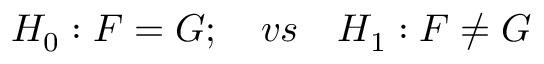
H _ { 0 } : F = G ; \quad v s \quad H _ { 1 } : F \neq G